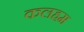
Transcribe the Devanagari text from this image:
कलहम